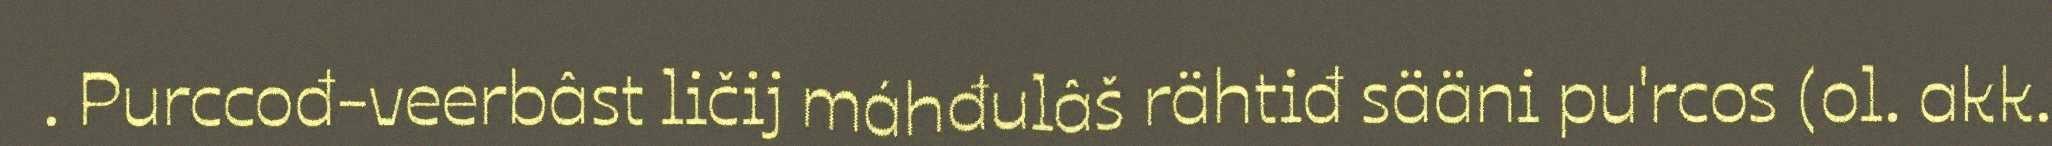
. Purccođ-veerbâst ličij máhđulâš rähtiđ sääni pu'rcos (ol. akk.